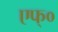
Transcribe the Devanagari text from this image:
एफ्०